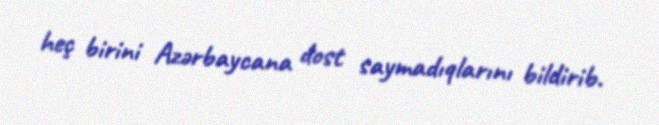
heç birini Azərbaycana dost saymadıqlarını bildirib.